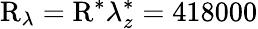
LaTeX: \mathrm{R}_{\lambda}=\mathrm{R}^{\ast}\lambda_{z}^{\ast}=418000